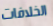
الخلافات